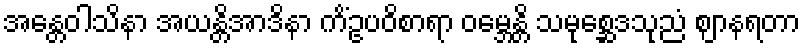
အန္တေဝါသိနာ အယန္တိအာဒိနာ ကိံဥပဝိစာရာ ဝမ္ဘေန္တိ သမုစ္ဆေဒသုညံ ဈာနရတာ